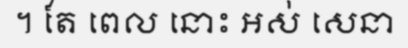
។ តែ ពេល នោះ អស់ សេនា